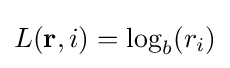
L(\mathbf {r} ,i)=\log _{b}(r_{i})